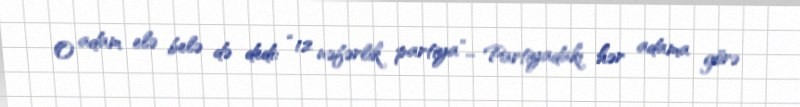
O adam elə belə də dedi: “12 nəfərlik partiya”... Partiyadakı hər adama görə